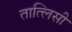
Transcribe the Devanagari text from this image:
तात्लिसी